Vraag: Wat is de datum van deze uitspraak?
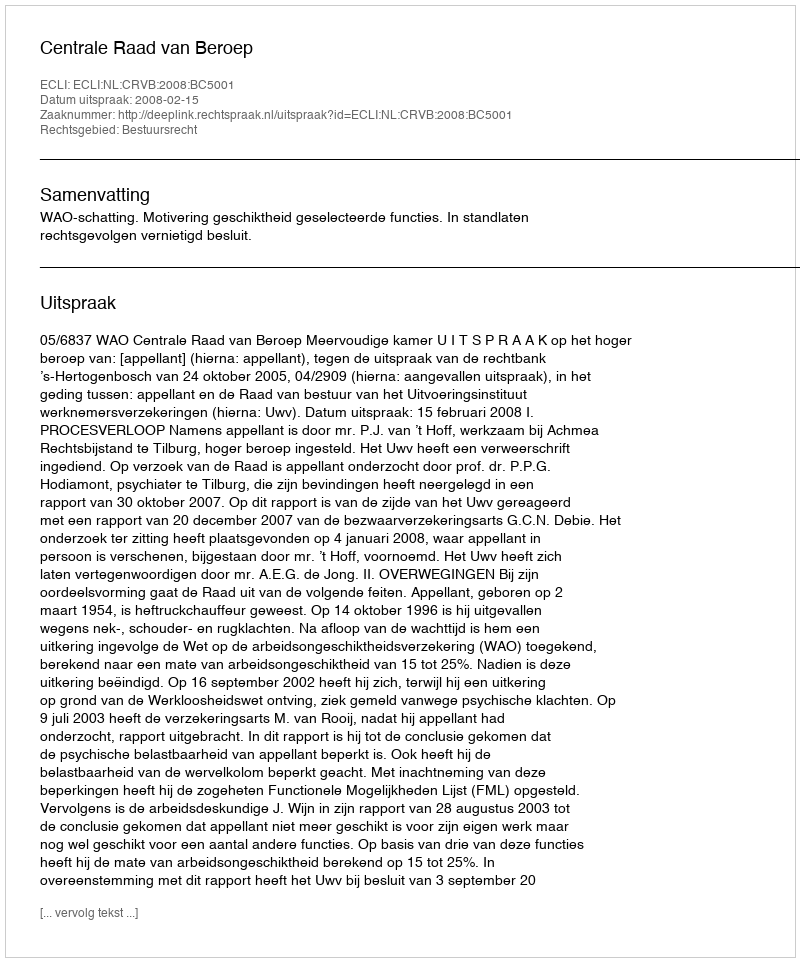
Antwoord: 2008-02-15